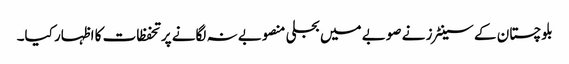
بلوچستان کے سینٹرز نے صوبے میں بجلی منصوبے نہ لگانے پر تحفظات کا اظہار کیا۔